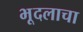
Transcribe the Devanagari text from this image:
भूदलाचा